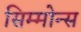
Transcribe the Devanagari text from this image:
सिम्मोन्स